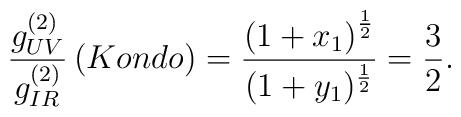
\frac{g_{UV}^{(2)}}{g_{IR}^{(2)}}\left( Kondo\right) =\frac{\left(1+x_{1}\right) ^{\frac{1}{2}}}{(1+y_{1})^{\frac{1}{2}}}=\frac{3}{2}.